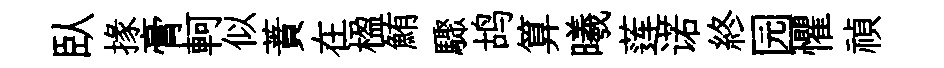
臥掾膏軻似蕡在楹鮪驟鸪算曦莲诺終园懼禎